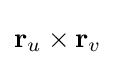
\mathbf {r} _{u}\times \mathbf {r} _{v}